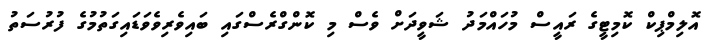
އޮލިމްޕިކް ކޮމިޓީގެ ރައީސް މުހައްމަދު ޝަވީދަށް ވެސް މި ކޮންގްރެސްގައި ބައިވެރިވެވަޑައިގަތުމުގެ ފުރުސަތު